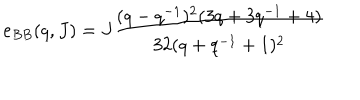
LaTeX: e _ { B B } ( q , J ) = J \frac { ( q - q ^ { - 1 } ) ^ { 2 } ( 3 q + 3 q ^ { - 1 } + 4 ) } { 3 2 ( q + q ^ { - 1 } + 1 ) ^ { 2 } }